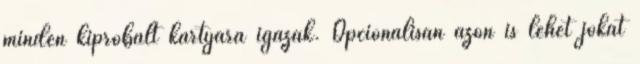
minden kipróbált kártyára igazak. Opcionálisan azon is lehet jókat